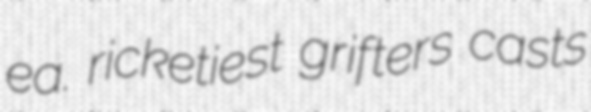
ea. ricketiest grifters casts